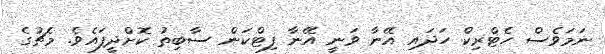
ނަމަވެސް ހެޓްރިކް ހަދައި އޭނާ ވަނީ އޭނާ ފިޓްކަން ސާބިތު ކޮށްދީފައެވެ. މެޗުގެ